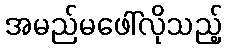
အမည်မဖေါ်လိုသည့်